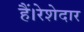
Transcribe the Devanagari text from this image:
हैं।रेशेदार